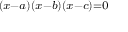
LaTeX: \scriptstyle ( x - a ) ( x - b ) ( x - c ) = 0